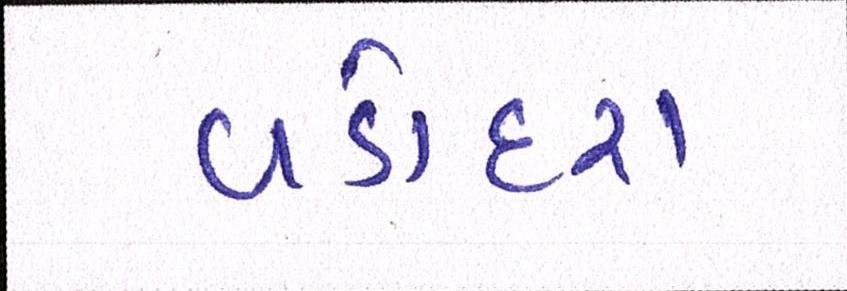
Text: વડોદરા